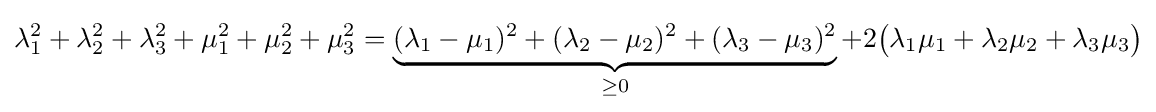
\lambda _{1}^{2}+\lambda _{2}^{2}+\lambda _{3}^{2}+\mu _{1}^{2}+\mu _{2}^{2}+\mu _{3}^{2}=\underbrace {(\lambda _{1}-\mu _{1})^{2}+(\lambda _{2}-\mu _{2})^{2}+(\lambda _{3}-\mu _{3})^{2}} _{\geq 0}+2{\big (}\lambda _{1}\mu _{1}+\lambda _{2}\mu _{2}+\lambda _{3}\mu _{3}{\big )}